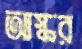
আস্কর